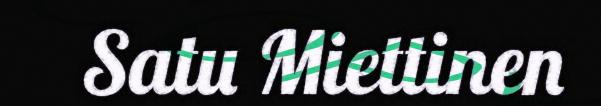
Satu Miettinen